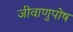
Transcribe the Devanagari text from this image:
जीवाणुपोष